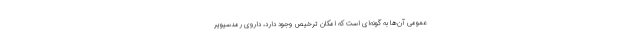
عمومی آن‌ها به گونه‌ای است که امکان ترخیص وجود دارد، داروی رمدسیویر